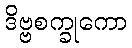
ဒိဗ္ဗစက္ခုကော